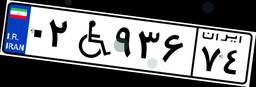
۴۸W۱۵۷۵۸